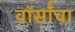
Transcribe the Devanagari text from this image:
वॉर्सॉचा